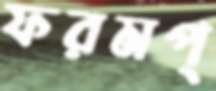
ফরমপ্